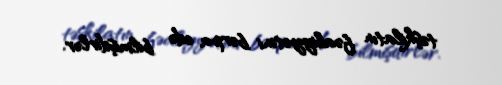
təşkilatın fəaliyyətini bərpa edə bilmişdirlər.